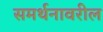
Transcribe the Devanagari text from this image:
समर्थनावरील